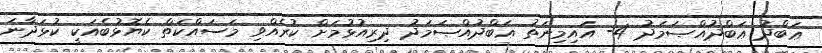
ޢަބްދު ޢަބްދުއްޞަމަދު 4- އައިމިނަތު ޢަބްދުއްޞަމަދު ދިރިއުޅުމަށް ކުރެއްވި މަސައްކަތް ކެޔޮޅުބެއަކީ ކުޅަދާނަ